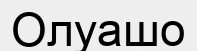
Олуашо